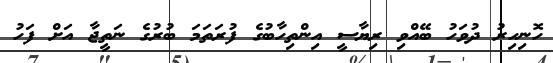
ހޮނިހިރު ދުވަހު ބޭއްވި ރިޔާސީ އިންތިހާބުގެ ފުރަތަމަ ބުރުގެ ނަތީޖާ އަށް ފަހު